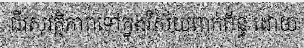
ជីវសុវត្ថិភាពទៅក្នុងវិស័យពាក់ព័ន្ធ ដោយ